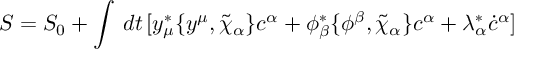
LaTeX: S = S _ { 0 } + \int \, d t \, [ y _ { \mu } ^ { * } \{ y ^ { \mu } , \tilde { \chi } _ { \alpha } \} c ^ { \alpha } + \phi _ { \beta } ^ { * } \{ \phi ^ { \beta } , \tilde { \chi } _ { \alpha } \} c ^ { \alpha } + \lambda _ { \alpha } ^ { * } \dot { c } ^ { \alpha } ]